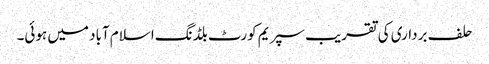
حلف برداری کی تقریب سپریم کورٹ بلڈنگ اسلام آباد میں ہوئی۔